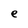
Character: e